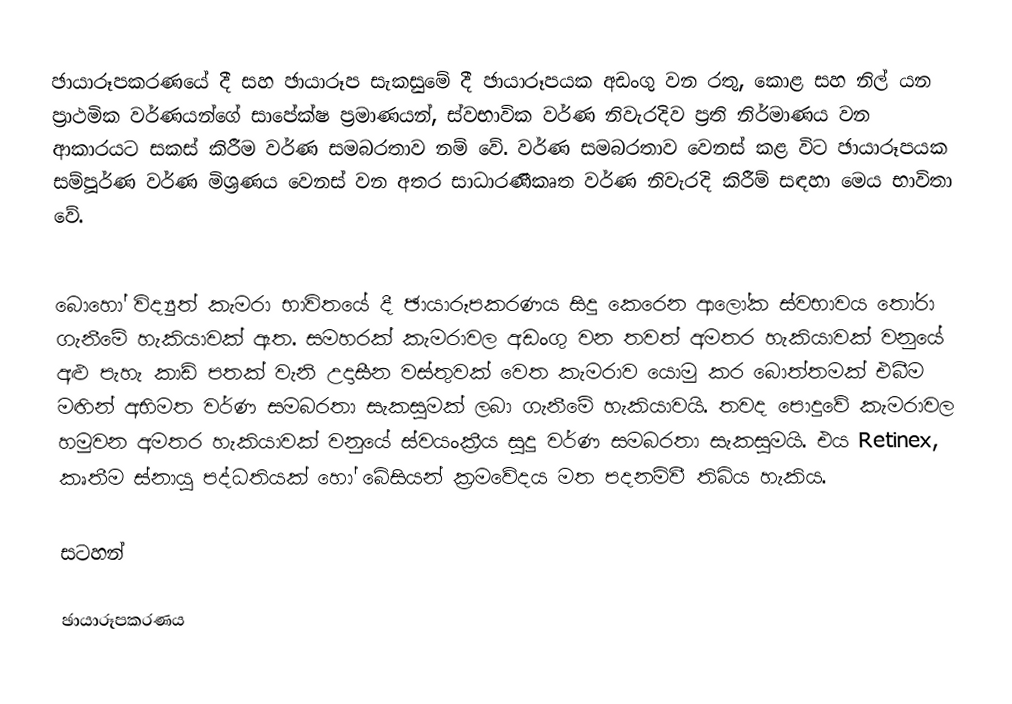
ඡායාරූපකරණයේ දී සහ ඡායාරූප සැකසුමේ දී ඡායාරූපයක අඩංගු වන රතු, කොළ සහ නිල් යන ප්‍රාථමික වර්ණයන්ගේ සාපේක්ෂ ප්‍රමාණයන්, ස්වභාවික වර්ණ නිවැරදිව ප්‍රති නිර්මාණය වන ආකාරයට සකස් කිරීම වර්ණ සමබරතාව නම් වේ. වර්ණ සමබරතාව වෙනස් කළ විට ඡායාරූපයක සම්පූර්ණ වර්ණ මිශ්‍රණය වෙනස් වන අතර සාධාරණීකෘත වර්ණ නිවැරදි කිරීම් සඳහා මෙය භාවිතා වේ.

බොහෝ විද්‍යුත් කැමරා භාවිතයේ දී ඡායාරූපකරණය සිදු කෙරෙන ආලෝක ස්වභාවය තෝරා ගැනීමේ හැකියාවක් ඇත. සමහරක් කැමරාවල අඩංගු වන තවත් අමතර හැකියාවක් වනුයේ අළු පැහැ කාඩ් පතක් වැනි උදාසීන වස්තුවක් වෙත කැමරාව යොමු කර බොත්තමක් එබීම මඟින් අභිමත වර්ණ සමබරතා සැකසුමක් ලබා ගැනීමේ හැකියාවයි. තවද පොදුවේ කැමරාවල හමුවන අමතර හැකියාවක් වනුයේ ස්වයංක්‍රීය සුදු වර්ණ සමබරතා සැකසුමයි. එය Retinex, කෘතීම ස්නායු පද්ධතියක් හෝ බේසියන් ක්‍රමවේදය මත පදනම්වී තිබිය හැකිය.

සටහන්

ඡායාරූපකරණය